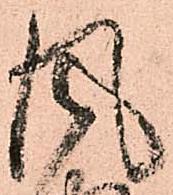
風